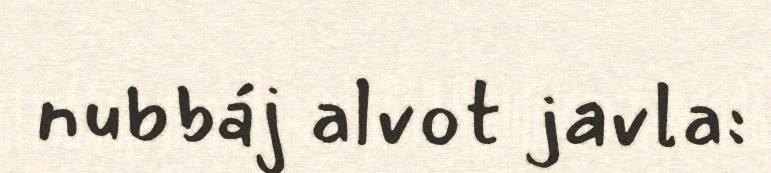
nubbáj alvot javla: